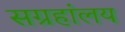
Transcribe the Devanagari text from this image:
सग्रहांलय